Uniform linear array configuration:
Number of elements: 16
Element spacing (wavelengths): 0.25
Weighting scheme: exponential
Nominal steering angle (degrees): -30
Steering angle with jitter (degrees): -30.923
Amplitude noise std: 0.05
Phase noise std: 0.05

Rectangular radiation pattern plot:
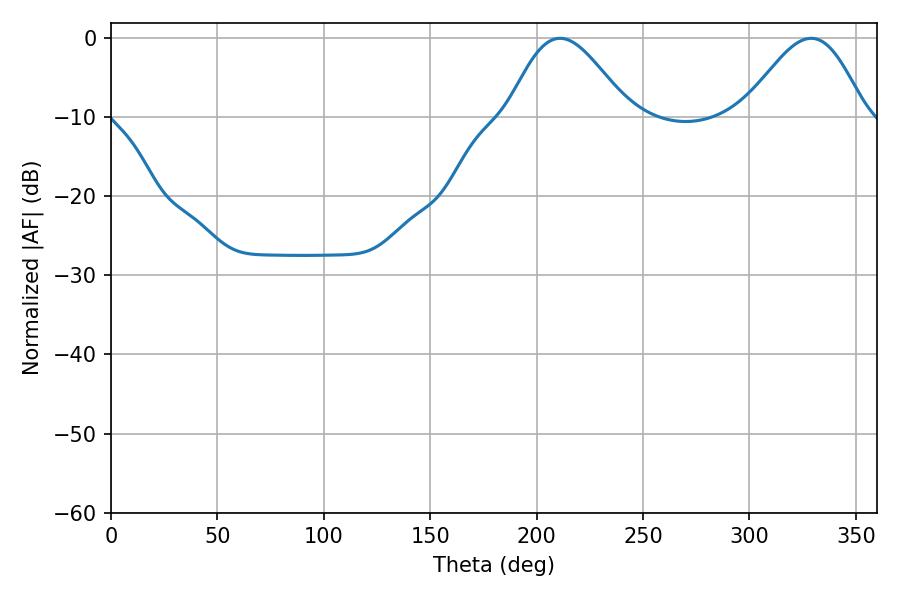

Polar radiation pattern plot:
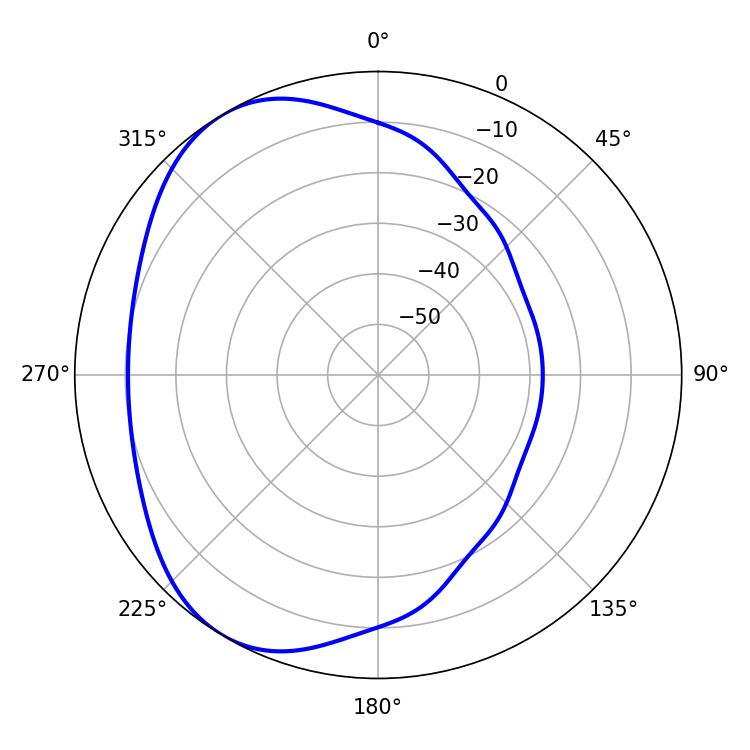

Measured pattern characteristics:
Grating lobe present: FALSE
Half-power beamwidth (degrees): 30.24
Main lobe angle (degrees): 210.96